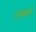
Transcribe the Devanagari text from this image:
टपकाएं